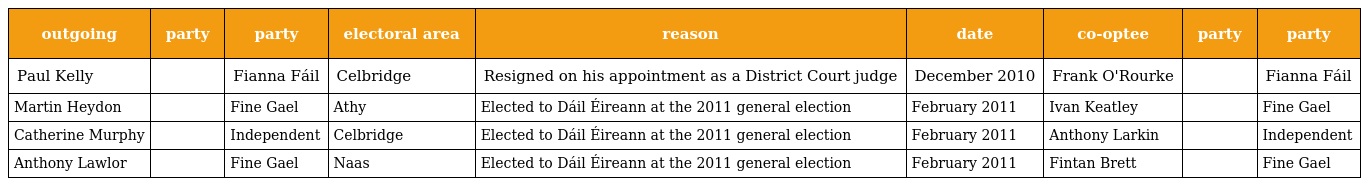
| outgoing | party | party | electoral area | reason | date | co-optee | party | party |
 | --- | --- | --- | --- | --- | --- | --- | --- | --- |
 | Paul Kelly |  | Fianna Fáil | Celbridge | Resigned on his appointment as a District Court judge | December 2010 | Frank O'Rourke |  | Fianna Fáil |
 | Martin Heydon |  | Fine Gael | Athy | Elected to Dáil Éireann at the 2011 general election | February 2011 | Ivan Keatley |  | Fine Gael |
 | Catherine Murphy |  | Independent | Celbridge | Elected to Dáil Éireann at the 2011 general election | February 2011 | Anthony Larkin |  | Independent |
 | Anthony Lawlor |  | Fine Gael | Naas | Elected to Dáil Éireann at the 2011 general election | February 2011 | Fintan Brett |  | Fine Gael |